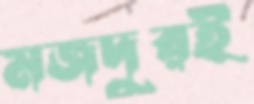
মজদুরই